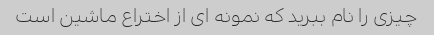
چیزی را نام ببرید که نمونه ای از اختراع ماشین است